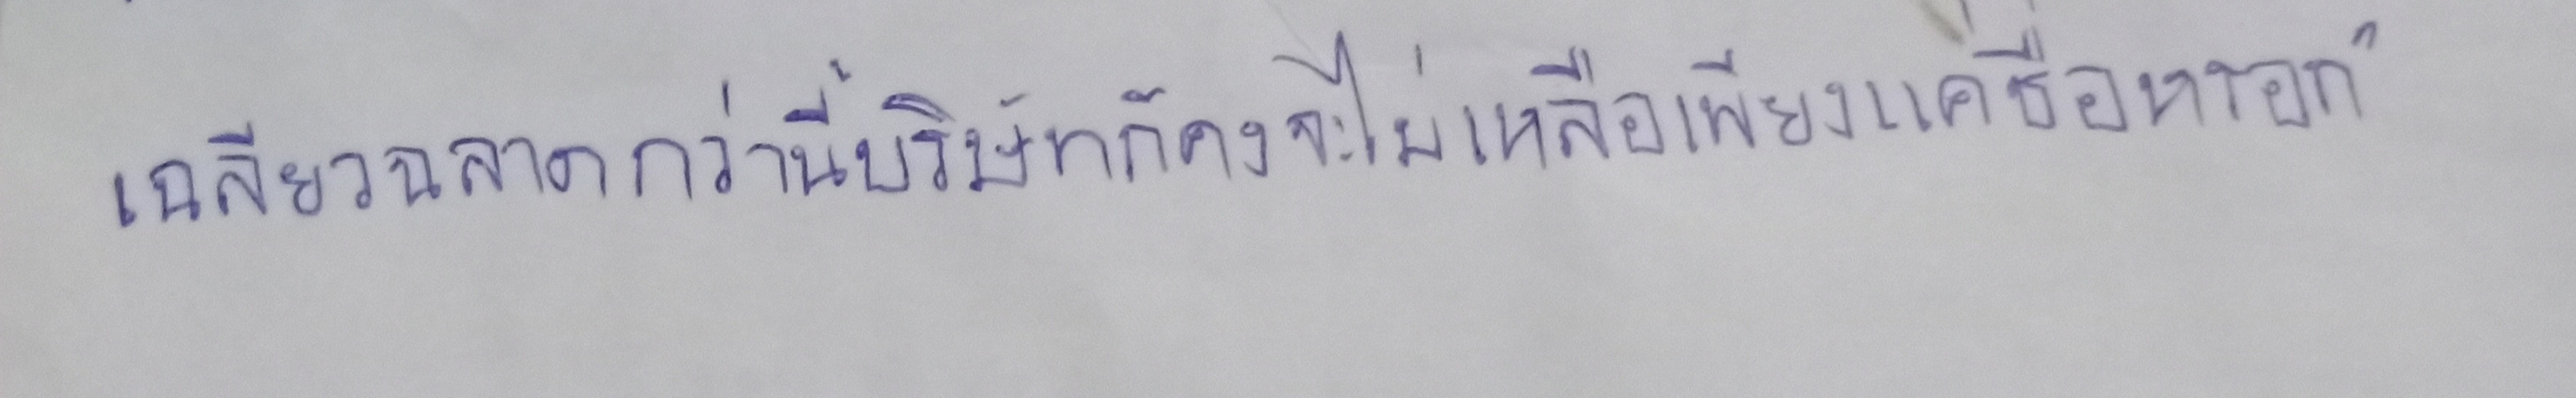
เฉลียวฉลาดกว่านี้วันนี้บริษัทก็คงจะไม่เหลือเพียงแค่ชื่อหรอก"